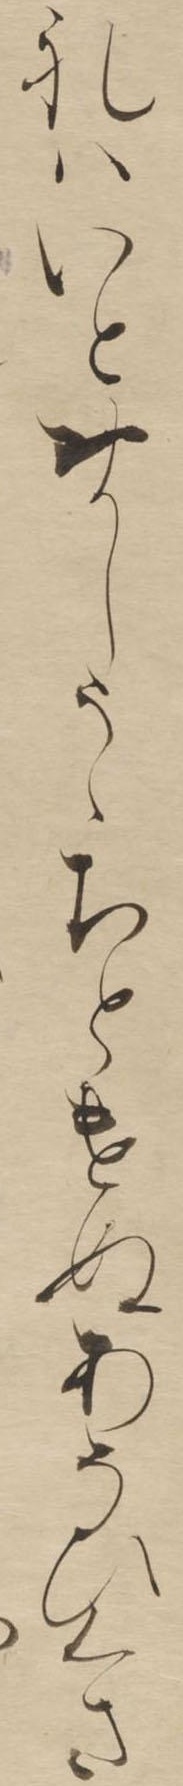
れはいとおかしうゝちとけぬあそひくさ